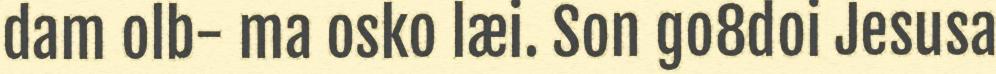
dam olb- ma osko læi. Son go8doi Jesusa